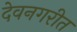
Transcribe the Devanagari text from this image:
देवनगरीत